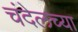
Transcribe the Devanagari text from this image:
चंदेलच्या